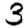
Digit: 3